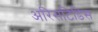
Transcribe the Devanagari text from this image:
अरिसटिडिस